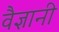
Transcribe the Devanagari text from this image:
वैज्ञानी